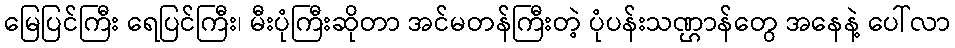
မြေပြင်ကြီး ရေပြင်ကြီး၊ မီးပုံကြီးဆိုတာ အင်မတန်ကြီးတဲ့ ပုံပန်းသဏ္ဌာန်တွေ အနေနဲ့ ပေါ်လာ